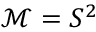
\mathcal M = S ^ { 2 }